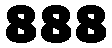
888